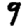
Digit: 9